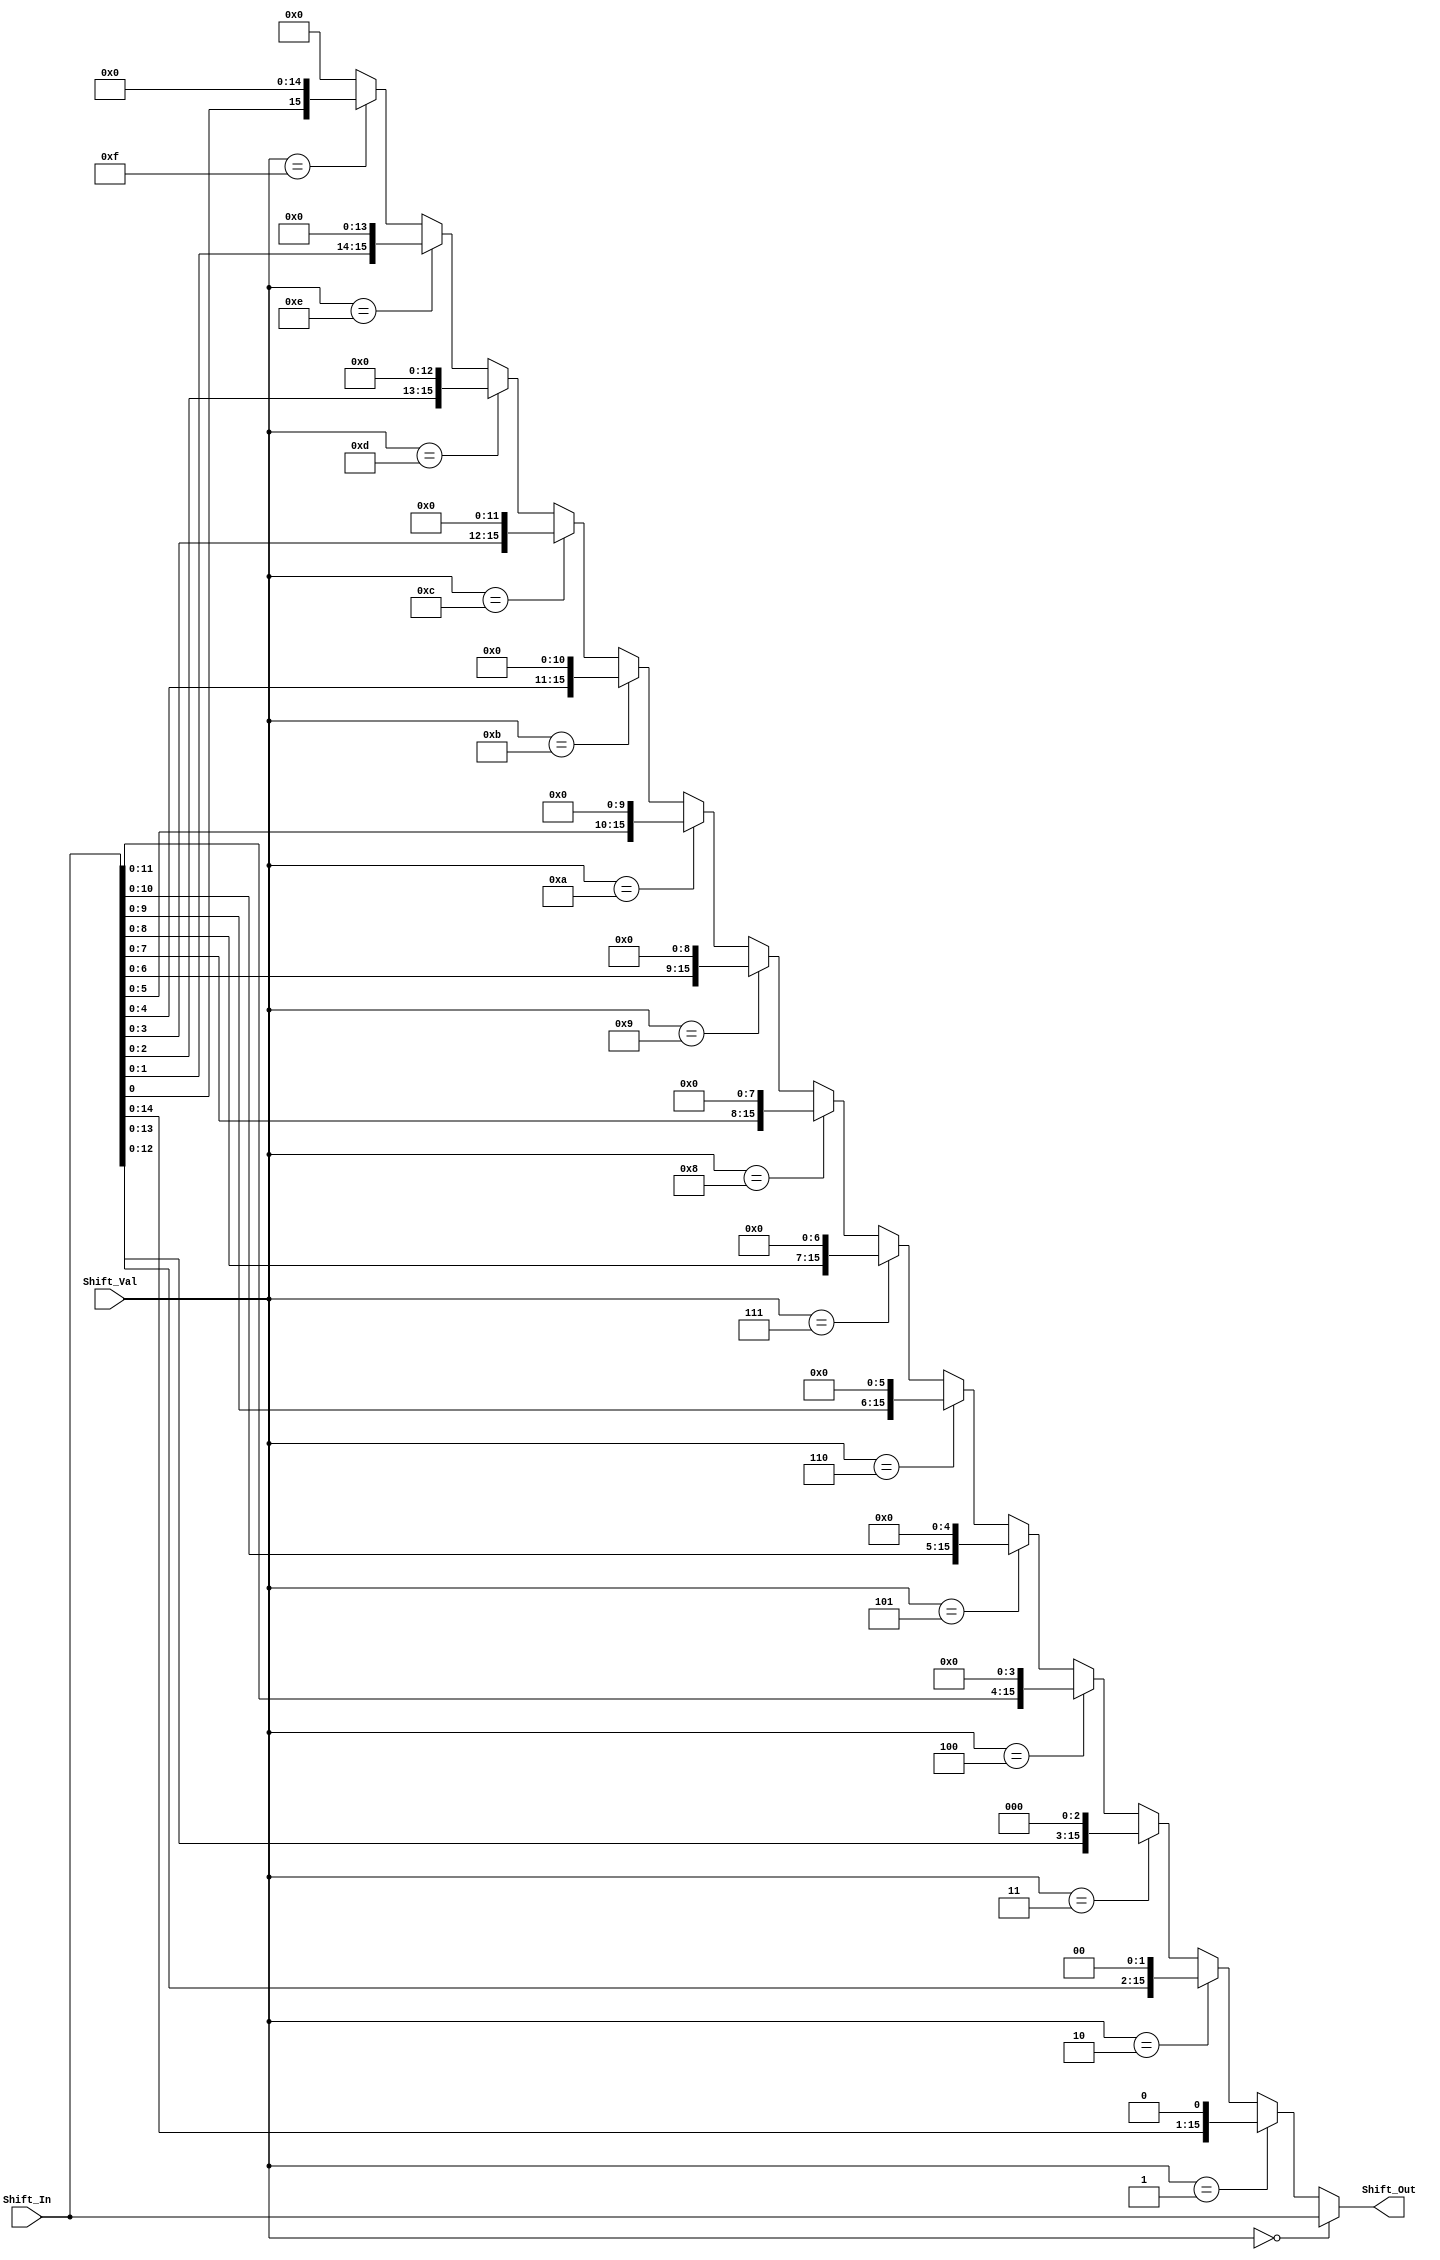
module sll (Shift_Out, Shift_In, Shift_Val);
	input [15:0] Shift_In;
	input [15:0] Shift_Val;
	output [15:0] Shift_Out;
	
	assign Shift_Out = 	(Shift_Val == 0 ? (Shift_In):
							(Shift_Val == 1 ? (Shift_In << 1):
								(Shift_Val == 2 ? (Shift_In << 2):
									(Shift_Val == 3 ? (Shift_In << 3):
										(Shift_Val == 4 ? (Shift_In << 4):
											(Shift_Val == 5 ? (Shift_In << 5):
												(Shift_Val == 6 ? (Shift_In << 6):
													(Shift_Val == 7 ? (Shift_In << 7):
														(Shift_Val == 8 ? (Shift_In << 8):
															(Shift_Val == 9 ? (Shift_In << 9):
																(Shift_Val == 10 ? (Shift_In << 10):
																	(Shift_Val == 11 ? (Shift_In << 11):
																		(Shift_Val == 12 ? (Shift_In << 12):
																			(Shift_Val == 13 ? (Shift_In << 13):
																				(Shift_Val == 14 ? (Shift_In << 14):
																					(Shift_Val == 15 ? (Shift_In << 15):
																							(16'h0000)))))))))))))))));
	
	
	
	
	
endmodule